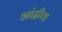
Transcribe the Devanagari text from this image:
आंद्रीव्ह